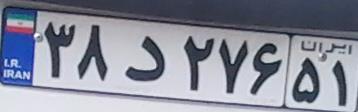
۳۸د۲۷۶۵۱